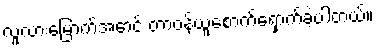
လူလားမြောက်အောင် တာဝန်ယူစောက်ရှောက်ခဲ့ပါတယ်။